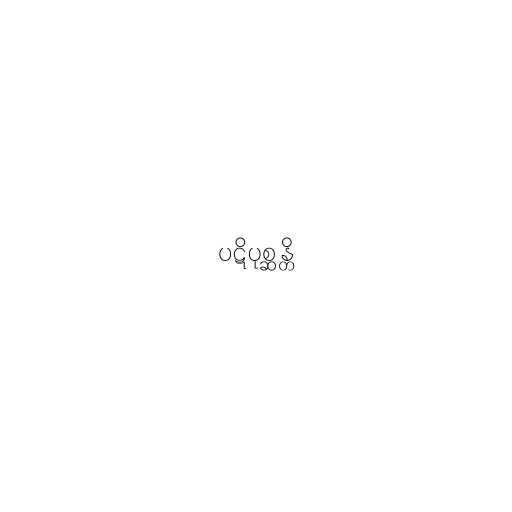
ပဋိပုစ္ဆန္တိ